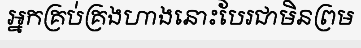
អ្នកគ្រប់គ្រងហាងនោះបែរជាមិនព្រម